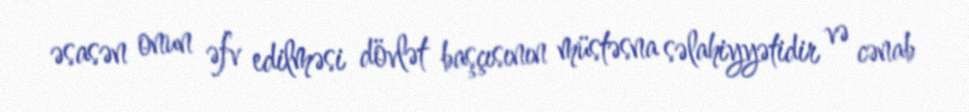
əsasən onun əfv edilməsi dövlət başçısının müstəsna səlahiyyətidir və cənab